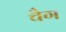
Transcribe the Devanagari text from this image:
चैग